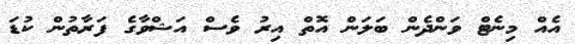
އެއް މިނެޓް ވަންދެން ބަލަން އޮތް އިރު ވެސް އަޝްވާގެ ފަރާތުން ކުޑަ